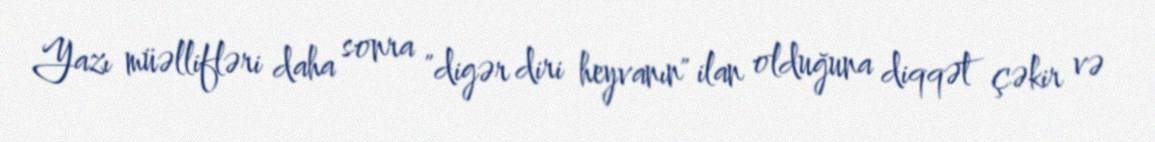
Yazı müəllifləri daha sonra "digər diri heyvanın" ilan olduğuna diqqət çəkir və